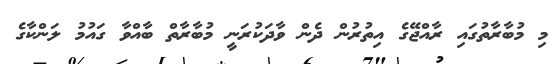
މި މުބާރާތުގައި ރާއްޖޭގެ އިތުރުން ދެން ވާދަކުރަނީ މުބާރާތް ބާއްވާ ގައުމު ލަންކާގެ